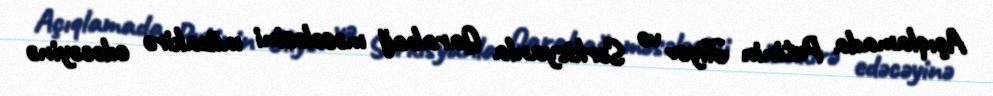
Açıqlamada Putinin Əliyev və Sərkisyanla Qarabağ məsələsini müzakirə edəcəyinə